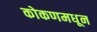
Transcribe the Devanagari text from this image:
कोकणमधून